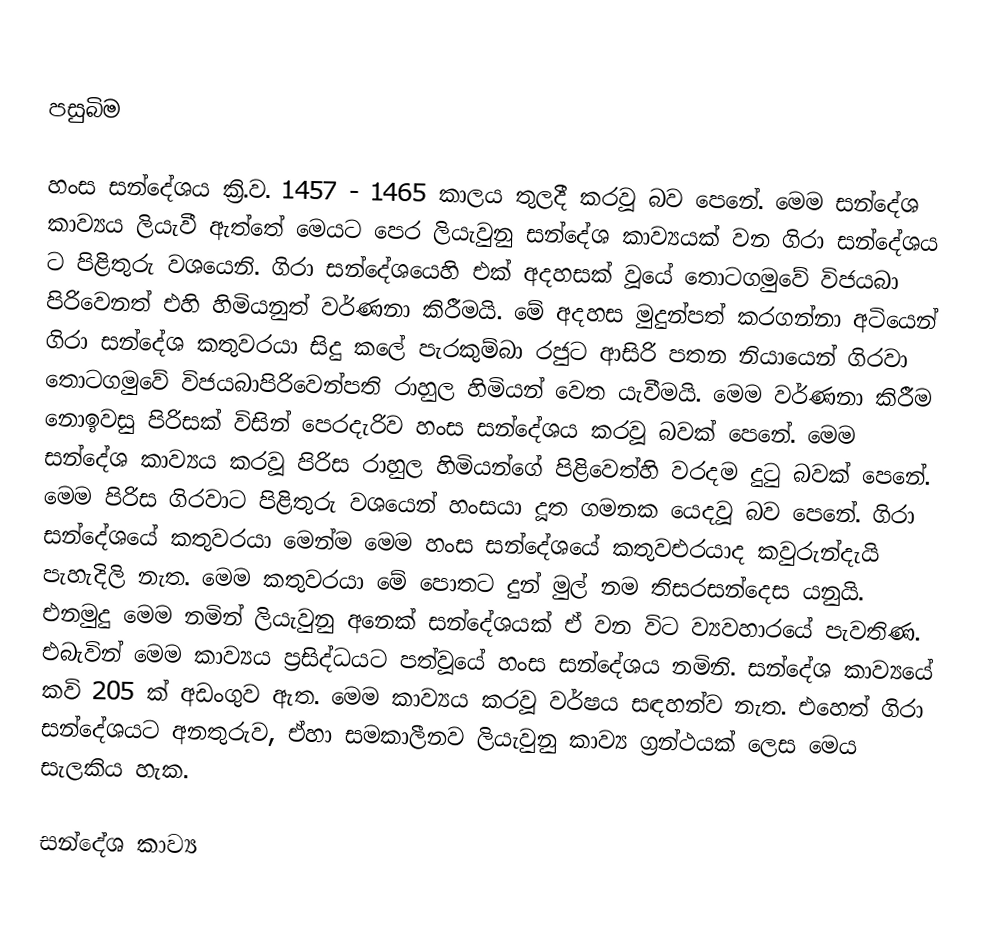

පසුබිම

හංස සන්දේශය ක්‍රි.ව. 1457 - 1465 කාලය තුලදී කරවූ බව පෙනේ. මෙම සන්දේශ කාව්‍යය ලියැවී ඇත්තේ මෙයට පෙර ලියැවුනු සන්දේශ කාව්‍යයක් වන ගිරා සන්දේශය ට පිළිතුරු වශයෙනි. ගිරා සන්දේශයෙහි එක් අදහසක් වූයේ තොටගමුවේ විජයබා පිරිවෙනත් එහි හිමියනුත්  වර්ණනා කිරීමයි. මේ අදහස මුදුන්පත් කරගන්නා අටියෙන් ගිරා සන්දේශ කතුවරයා සිදු කලේ පැරකුම්බා රජුට ආසිරි පතන නියායෙන් ගිරවා තොටගමුවේ විජයබාපිරිවෙන්පති රාහුල හිමියන් වෙත යැවීමයි. මෙම වර්ණනා කිරීම නොඉවසු පිරිසක් විසින් පෙරදැරිව හංස සන්දේශය කරවූ බවක් පෙනේ. මෙම සන්දේශ කාව්‍යය කරවූ පිරිස රාහුල හිමියන්ගේ පිළිවෙත්හි වරදම දුටු බවක් පෙනේ. මෙම පිරිස ගිරවාට පිළිතුරු වශයෙන් හංසයා දූත ගමනක යෙදවූ බව පෙනේ. ගිරා සන්දේශයේ කතුවරයා මෙන්ම මෙම හංස සන්දේශයේ කතුවඑරයාද කවුරුන්දැයි පැහැදිලි නැත. මෙම කතුවරයා මේ පොතට දුන් මුල් නම තිසරසන්දෙස යනුයි. එනමුදු මෙම නමින් ලියැවුනු අනෙක් සන්දේශයක් ඒ වන විට ව්‍යවහාරයේ පැවතිණ. එබැවින් මෙම කාව්‍යය ප්‍රසිද්ධයට පත්වූයේ හංස සන්දේශය නමිනි. සන්දේශ කාව්‍යයේ කවි 205 ක් අඩංගුව ඇත. මෙම කාව්‍යය කරවූ වර්ෂය සඳහන්ව නැත. එහෙත් ගිරා සන්දේශයට අනතුරුව, ඒහා සමකාලීනව ලියැවුනු කාව්‍ය ග්‍රන්ථයක් ලෙස මෙය සැලකිය හැක.

සන්දේශ කාව්‍ය